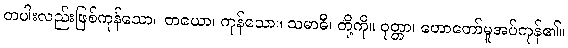
တပါးလည်းဖြစ်ကုန်သော။ တယော၊ ကုန်သော။ သမာဓီ၊ တို့ကို။ ဝုတ္တာ၊ ဟောတော်မူအပ်ကုန်၏။